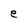
Character: e